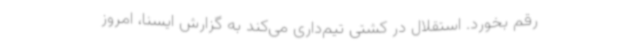
رقم بخورد. استقلال در کشتی تیم‌داری می‌کند به گزارش ایسنا، امروز